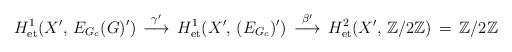
LaTeX: \begin{align*}H^1_{\rm et}(X',\, E_{G_c}(G)')\,\stackrel{\gamma'}{\longrightarrow}\, H^1_{\rm et}(X',\, (E_{G_c})')\,\stackrel{\beta'}{\longrightarrow}\,H^2_{\rm et}(X',\, {\mathbb Z}/2{\mathbb Z})\,=\, {\mathbb Z}/2{\mathbb Z}\end{align*}